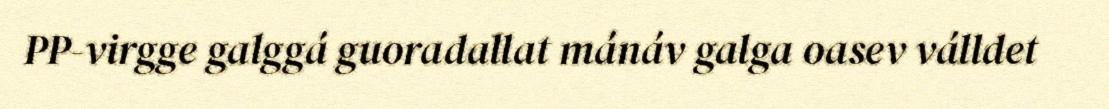
PP-virgge galggá guoradallat mánáv galga oasev válldet